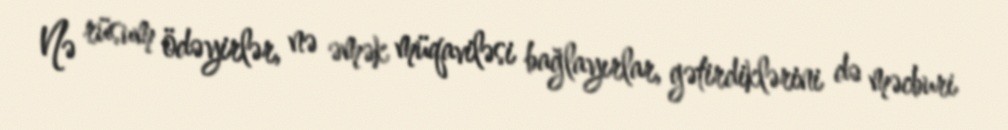
Nə rüsum ödəyirlər, nə əmək müqaviləsi bağlayırlar, gətirdiklərini də məcburi